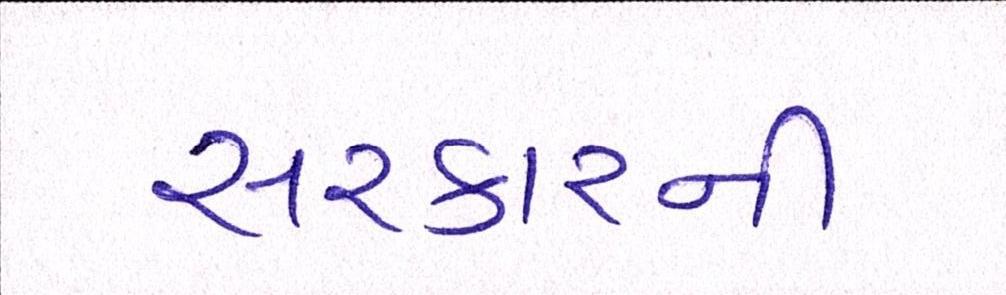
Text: સરકારની